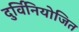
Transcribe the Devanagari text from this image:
दुर्विनियोजित